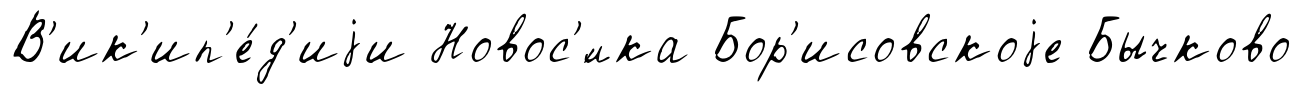
В'ик'ип'е́д'иjи Новос'́лка Бор'исовскоjе Бычково